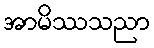
အာမိဿသညာ